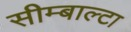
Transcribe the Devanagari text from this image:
सीम्बाल्टा